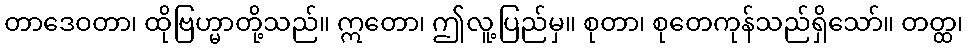
တာဒေဝတာ၊ ထိုဗြဟ္မာတို့သည်။ ဣတော၊ ဤလူ့ပြည်မှ။ စုတာ၊ စုတေကုန်သည်ရှိသော်။ တတ္ထ၊